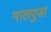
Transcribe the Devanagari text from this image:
मालपुजा